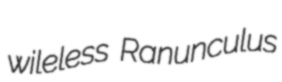
wileless Ranunculus